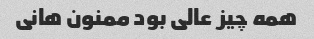
همه چیز عالی بود ممنون هانی